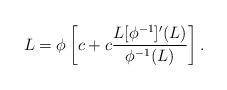
LaTeX: \begin{align*} L=\phi\left[c+c\frac{L[\phi^{-1}]'(L)}{\phi^{-1}(L)}\right]. \end{align*}